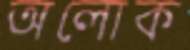
অলোক